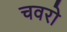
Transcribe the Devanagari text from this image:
चवरो